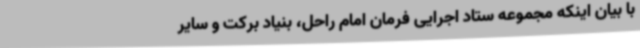
با بیان اینکه مجموعه ستاد اجرایی فرمان امام راحل، بنیاد برکت و سایر